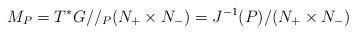
LaTeX: \begin{align*}M_P = T^*G//_P (N_+\times N_-) = J^{-1}(P) / (N_+\times N_-)\end{align*}